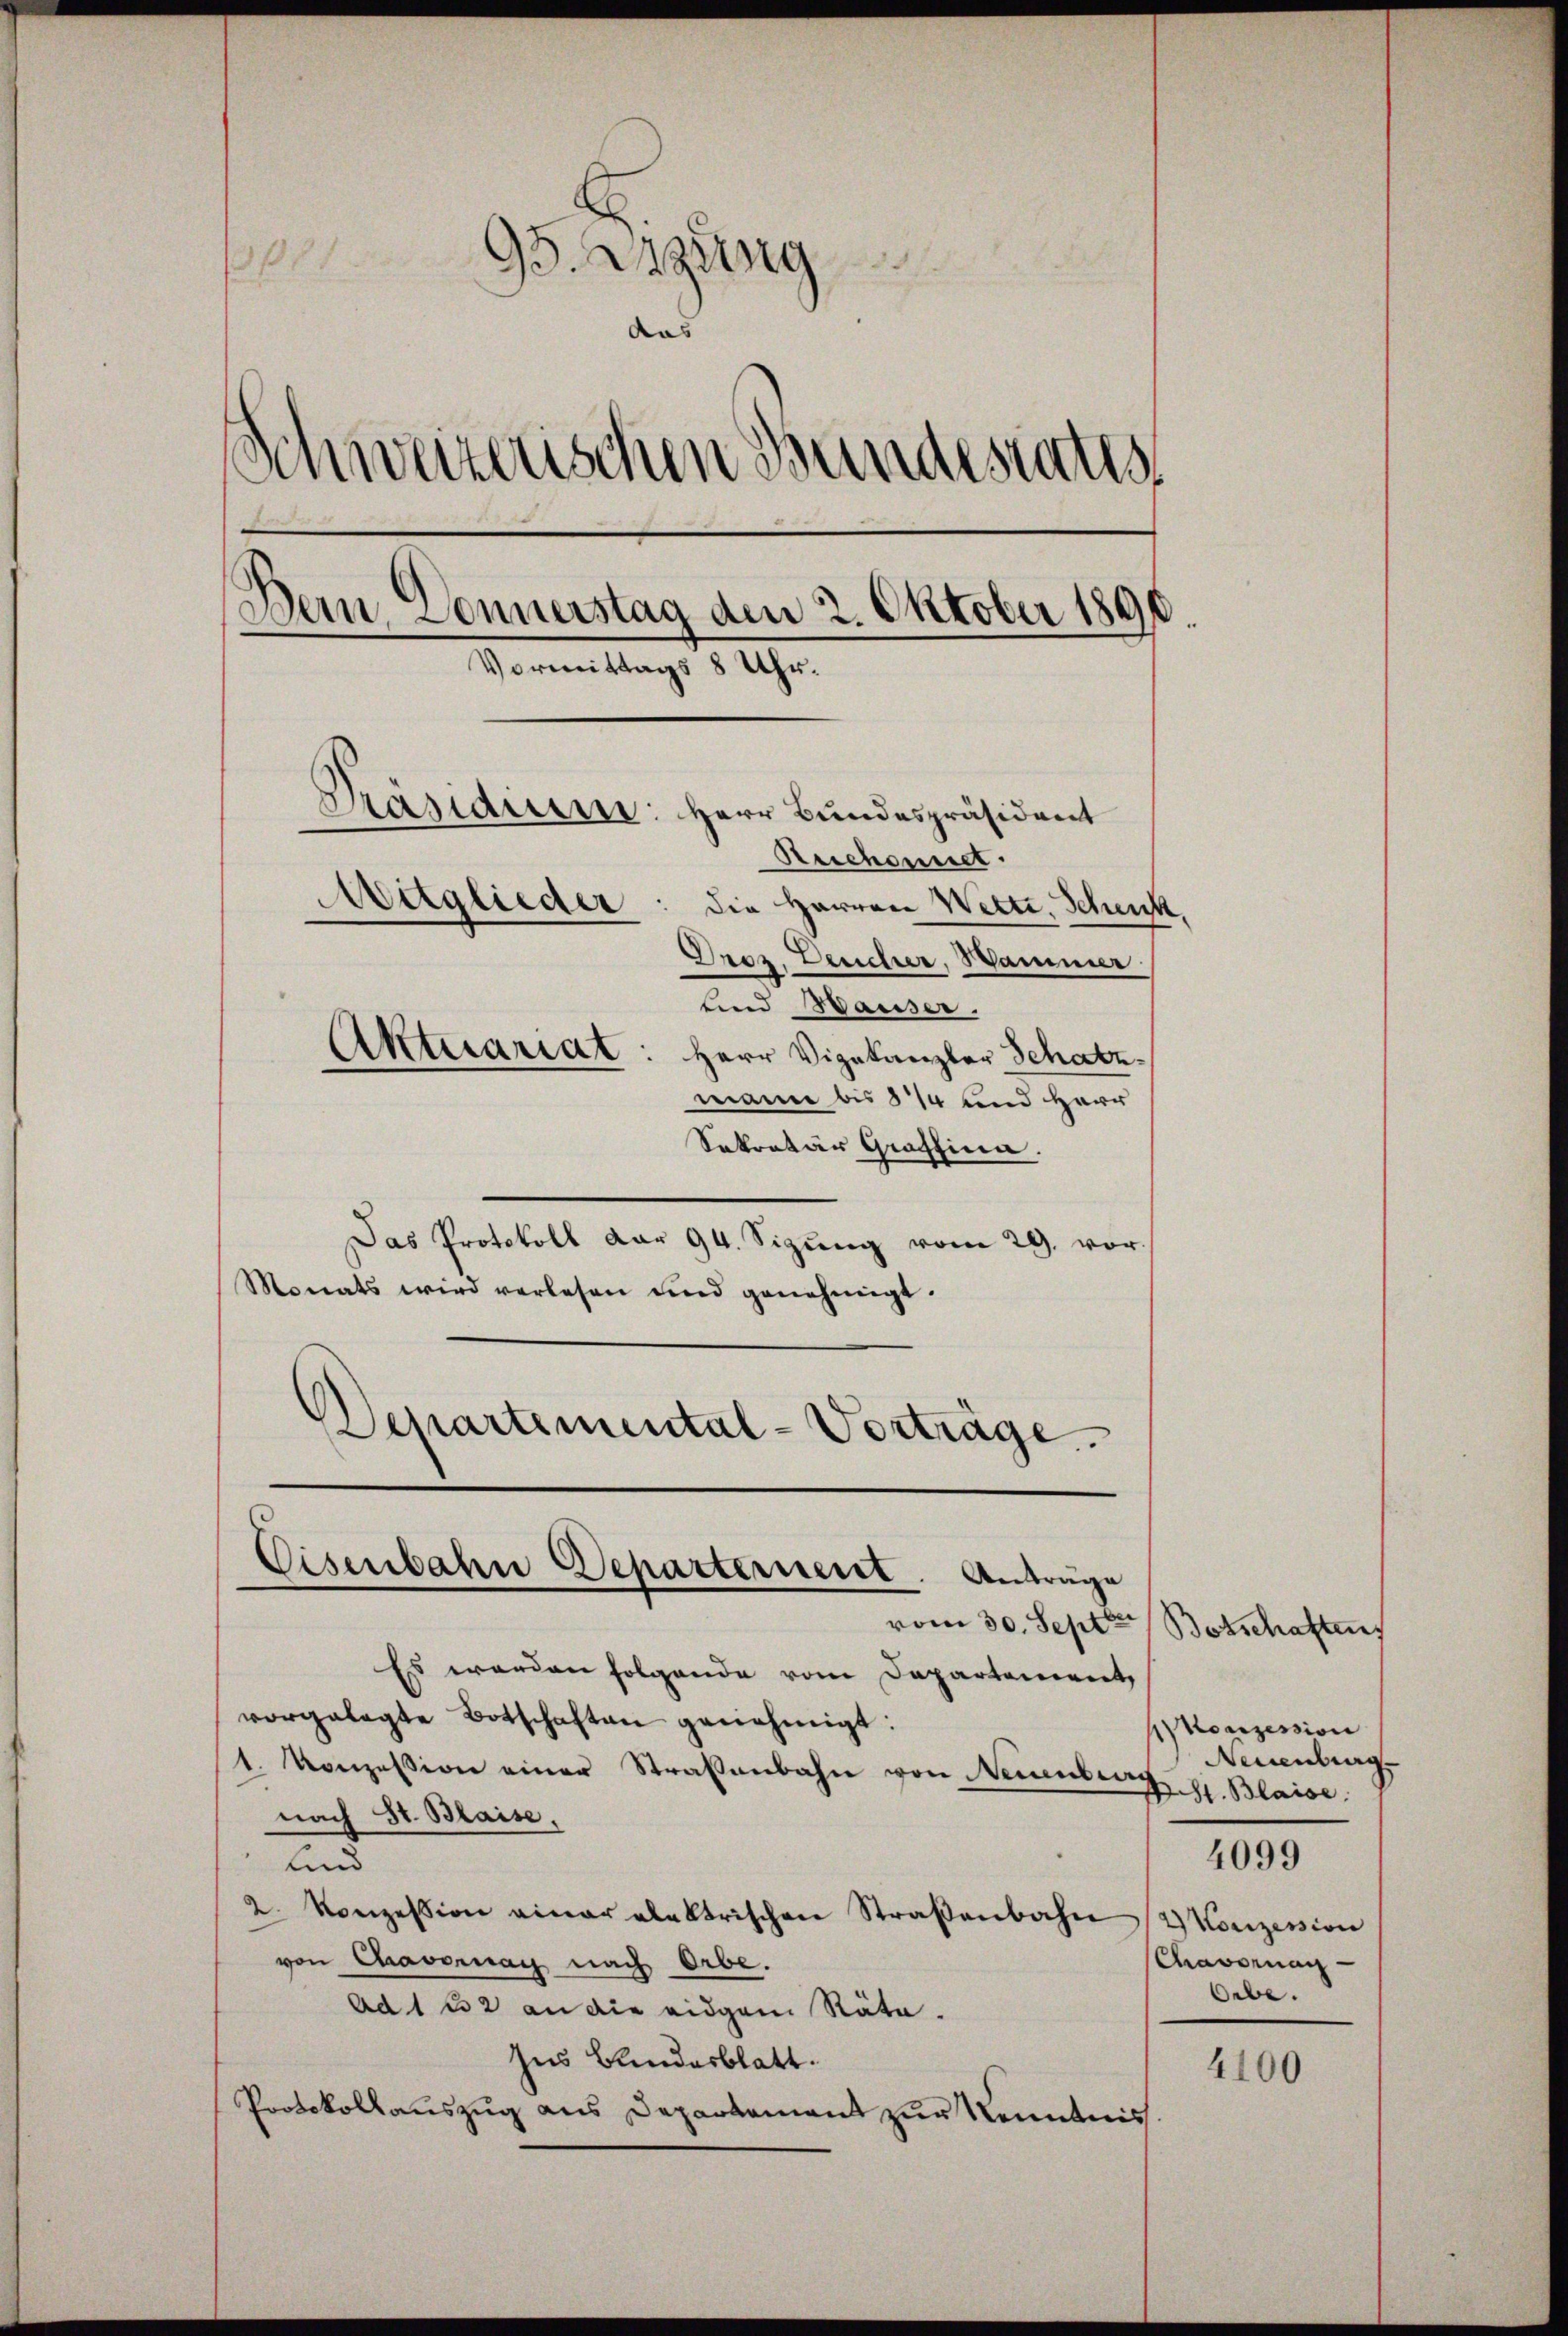
11
95. Augung
aas |
Schweizerischen Bundestatus
Dein Sonnerstag den 2. Oktober 1890
Vormittags 8 Uhr.
Präsidium: Herr Bundespräsident
Reichnitt.
Auglieder
die Herren Wette, Schenk
Droz. Deucher, Wammer
lind Hauser.
Aktuariat: Herr Vizekanzler Schatz
mann bis 814 und Herr

Sekretär Graffina.
Das Protokoll dar 94. Sizŭng vom 29. vor.
Monats wird verlesen und genehmigt.
Departemental-Vorträge

Eisenbahn Departerneret. Antrage
vom 30. Septbr.

Es werden folgende vom Departement,
vorgelegte Botschaften genehmigt:
1. Konzessiven einer Straßenbahn von Neuenburg
nach St. Blaise,
—
und
2. Konzession einer elektrischen Straßenbahn
von Cavernay nach Orbe.
Ad 1 22 an die eidgen Räte.
Ins Bundesblatt.
Protokollauszug aus Departement zur Kenntnis

Botschaften
Akonzession
Neuenburg
S. Blaise
4099
2) Konzession
Chavornach
Orbe.

4100